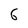
Character: 6